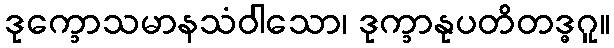
ဒုက္ခောသမာနသံဝါသော၊ ဒုက္ခာနုပတိတဒ္ဓဂူ။